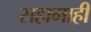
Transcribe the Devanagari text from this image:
सहामाही